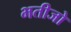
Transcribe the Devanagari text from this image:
भतीजो